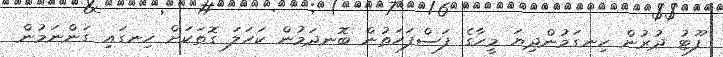
ފޫޓު ދުރުން ހިނގަމުންދިޔަ މީހާގެ ފަސްފަހަތުން ބޮނދަމުން ކަހަލަ ގޮތަކަށް ހިނގައި ގަންނަމުން